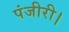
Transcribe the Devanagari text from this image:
पंजीरी।